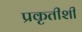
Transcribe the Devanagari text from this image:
प्रकृतीशीं